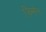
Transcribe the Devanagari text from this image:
ज़िमाॅन